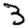
Digit: 3